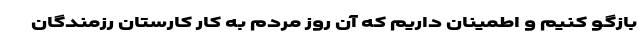
بازگو کنیم و اطمینان داریم که آن روز مردم به کارِ کارستان رزمندگان